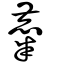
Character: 麊